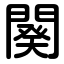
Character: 闋